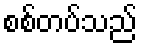
စစ်တပ်သည်